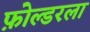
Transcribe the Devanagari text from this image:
फ़ोल्डरला